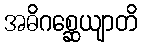
အဓိဂစ္ဆေယျာတိ